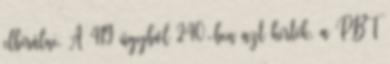
elbírálni. A 419 ügyből 240-ben azt kérték, a PBT